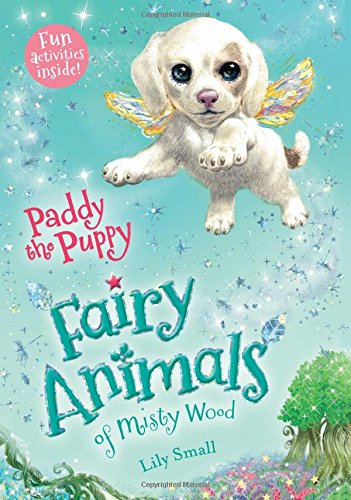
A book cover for Paddy the Puppy (Fairy Animals of Misty Wood); Lily Small; Children's Books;